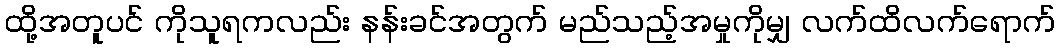
ထို့အတူပင် ကိုသူရကလည်း နန်းခင်အတွက် မည်သည့်အမှုကိုမျှ လက်ထိလက်ရောက်